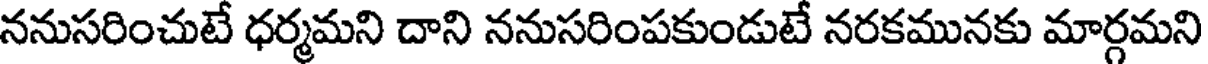
ననుసరించుటే ధర్మమని దాని ననుసరింపకుండుటే నరకమునకు మార్గమని